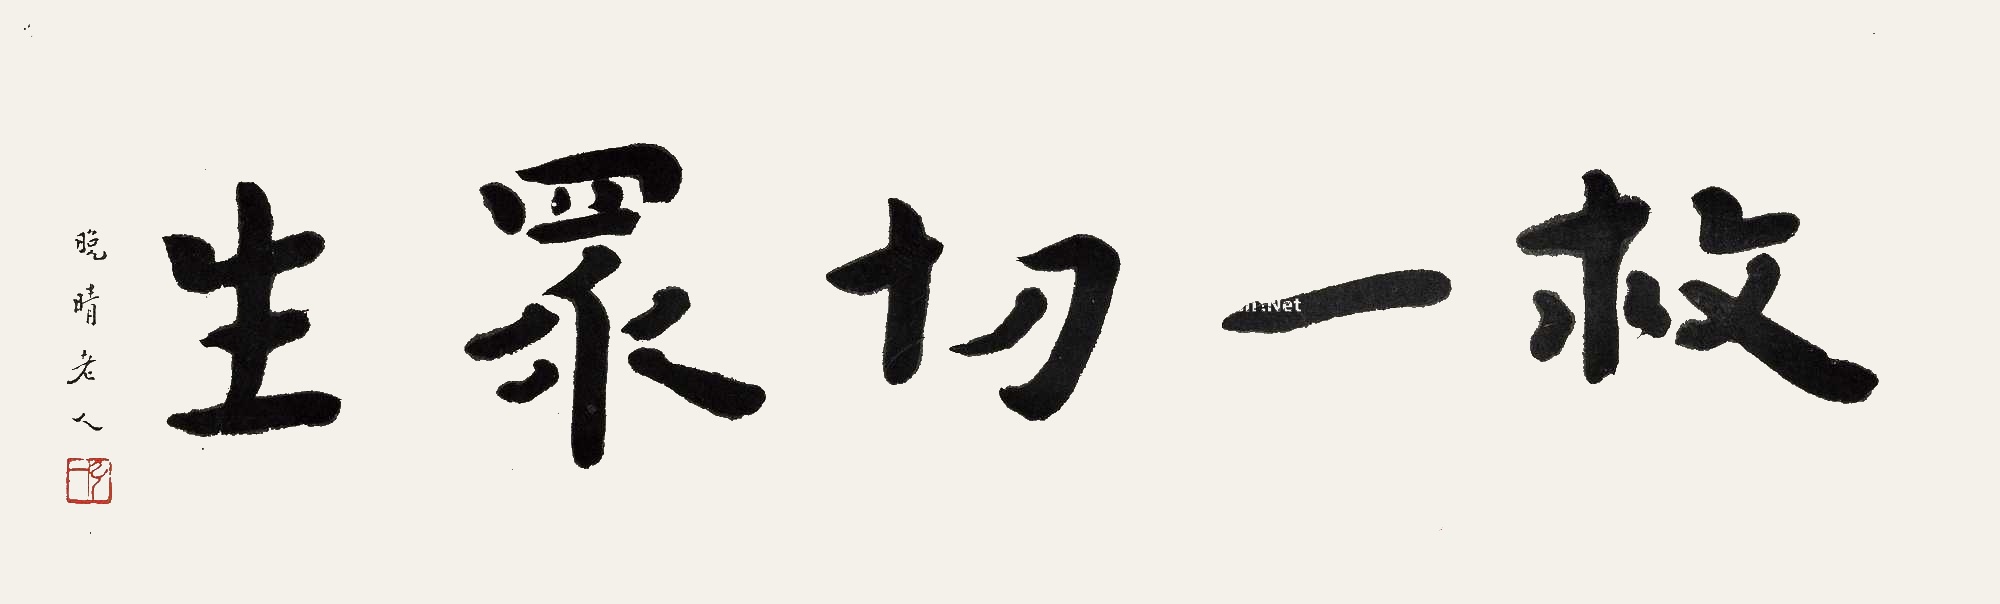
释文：救一切众生晚晴老人。